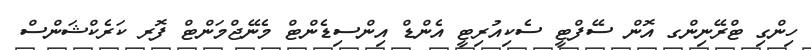
ހިންގި ޓްރޭނިންގ އޮން ސޭފްޓީ ސެކިއުރިޓީ އެންޑް އިންސިޑެންޓް މެނޭޖްމަންޓް ފޮރ ކަރެކްޝަންސް